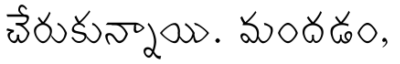
చేరుకున్నాయి. మందడం,